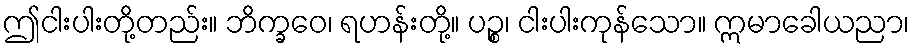
ဤငါးပါးတို့တည်း။ ဘိက္ခဝေ၊ ရဟန်းတို့။ ပဉ္စ၊ ငါးပါးကုန်သော။ ဣမာခေါယညာ၊